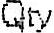
QTY